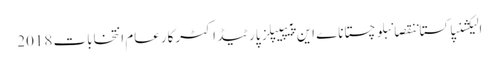
الیکشنپاکستاننقصانبلوچستاناے این پیپیپلز پارٹیڈاکٹرکارعام انتخابات 2018